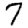
Digit: 7